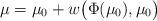
LaTeX: \begin{align*}\mu=\mu_0+w\bigl(\Phi(\mu_0),\mu_0 \bigr)\end{align*}